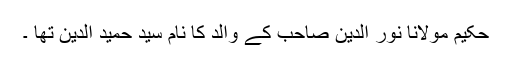
حکیم مولانا نور الدین صاحب کے والد کا نام سید حمید الدین تھا ۔